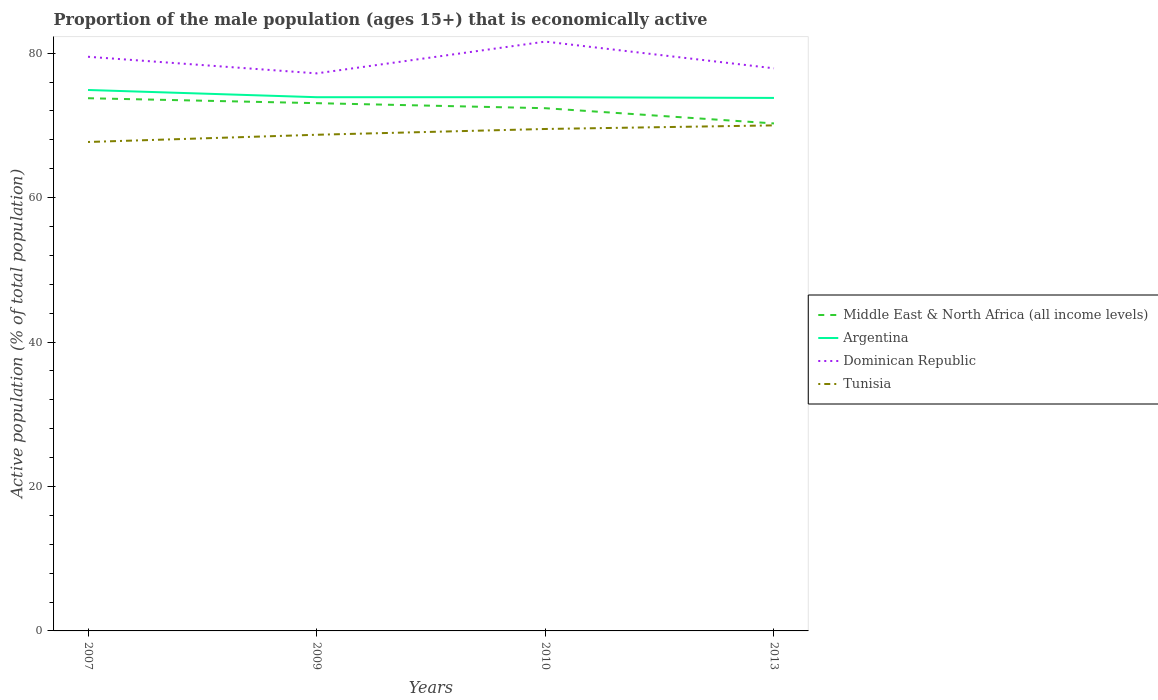
| Years | Middle East & North Africa (all income levels) | Argentina | Dominican Republic | Tunisia |
 | --- | --- | --- | --- | --- |
 | 2007 | 73.8 | 74.9 | 79.5 | 67.7 |
 | 2009 | 73.1 | 73.9 | 77.2 | 68.7 |
 | 2010 | 72.4 | 73.9 | 81.6 | 69.5 |
 | 2013 | 70.3 | 73.8 | 77.9 | 70 |